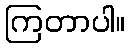
ကြတာပါ။